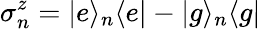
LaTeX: \sigma_{n}^{z}=|e\rangle_{n}\langle e|-|g\rangle_{n}\langle g|